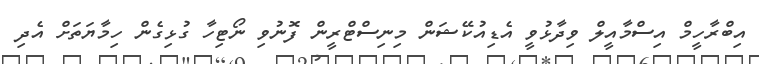
އިބްރާހީމް އިސްމާއީލް ވިދާޅުވީ އެޑިއުކޭޝަން މިނިސްޓްރީން ފޮނުވި ނޯޓިހާ ގުޅިގެން ހިމާޔަތަށް އެދި